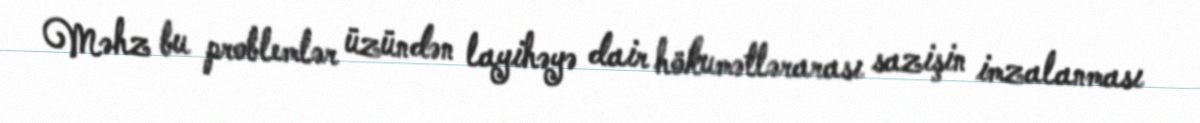
Məhz bu problemlər üzündən layihəyə dair hökumətlərarası sazişin imzalanması